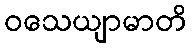
ဝသေယျာမာတိ